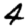
Digit: 4